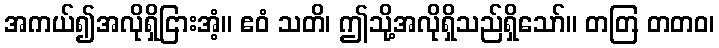
အကယ်၍အလိုရှိငြားအံ့။ ဧဝံ သတိ၊ ဤသို့အလိုရှိသည်ရှိသော်။ တတြ တတဝ၊